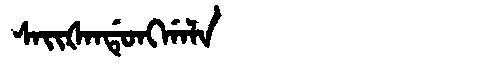
Manchu: ᠰᠠᡳᡧᠠᠨᡩᡠᠩᡤᠠᠯᠠ
Romanization: SAIŠANDUNGGALA